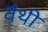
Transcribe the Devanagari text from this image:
वैथी